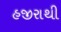
હજીરાથી